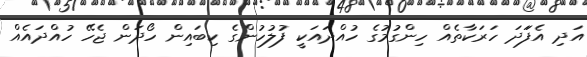
އަދި އެފަަދަ ހަރަކާތެއް ހިންގުމުގެ ހުއްދައަކީ ފުލުހުންގެ ކިބައިން ހޯދަން ޖެހޭ ހުއްދައެއް